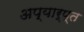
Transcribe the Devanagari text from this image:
अप्यार्प्त